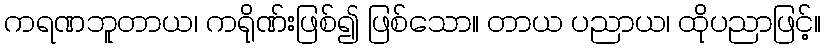
ကရဏဘူတာယ၊ ကရိုဏ်းဖြစ်၍ ဖြစ်သော။ တာယ ပညာယ၊ ထိုပညာဖြင့်။